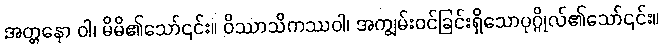
အတ္တနော ဝါ၊ မိမိ၏သော်၎င်း။ ဝိဿာသိကဿဝါ၊ အကျွမ်းဝင်ခြင်းရှိသောပုဂ္ဂိုလ်၏သော်၎င်း။